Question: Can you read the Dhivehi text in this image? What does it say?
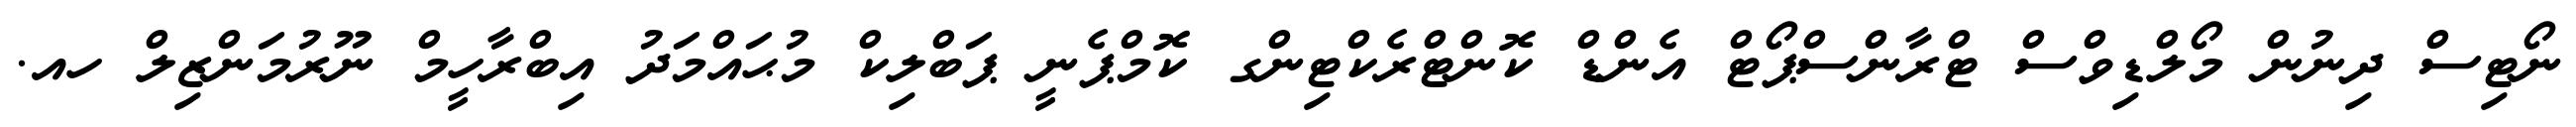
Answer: ނޯޓިސް ދިނުން މޯލްޑިވްސް ޓްރާންސްޕޯޓް އެންޑް ކޮންޓްރެކްޓިންގ ކޮމްޕެނީ ޕަބްލިކް މުޙައްމަދު އިބްރާހީމް ނޫރުމަންޒިލް ހއ.